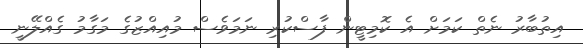
އިތުބާރު ނެތް ކަމަށް އެ ކޮމިޓީން ފާސްކުރި ނަމަވެސް މުއިއްޒުގެ މަގާމު ގެއްލޭނީ